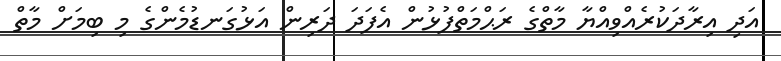
އަދި އިރާދަކުރެއްވިއްޔާ މާތްގެ ރަޙްމަތްފުޅުން އެފަދަ ދަރިން އަޅުގަނޑުމެންގެ މި ބިމަށް މާތް